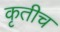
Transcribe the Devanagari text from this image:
कृतीच